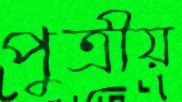
পুত্রীয়